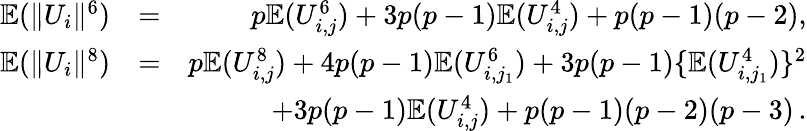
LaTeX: \begin{array}{rlr}{{\mathbb{E}}(\| U_{i}\| ^{6})}&{=}&{p{\mathbb{E}}(U_{i,j}^{6})+3p(p-1){\mathbb{E}}(U_{i,j}^{4})+p(p-1)(p-2),}\\ {{\mathbb{E}}(\| U_{i}\| ^{8})}&{=}&{p{\mathbb{E}}(U_{i,j}^{8})+4p(p-1){\mathbb{E}}(U_{i,j_{1}}^{6})+3p(p-1)\{ {\mathbb{E}}(U_{i,j_{1}}^{4})\} ^{2}}\\ &{}&{+3p(p-1){\mathbb{E}}(U_{i,j}^{4})+p(p-1)(p-2)(p-3)\, .}\end{array}